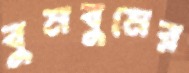
বুমবুমের